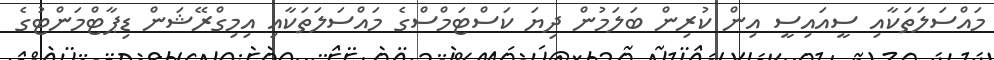
މައްސަލަތަކާއި ސީއައިސީ އިން ކުރިން ބަލަމުން ދިޔަ ކަސްޓަމްސްގެ މައްސަލަތަކާއި އިމިގްރޭޝަން ޑިޕާޓްމަންޓުގެ